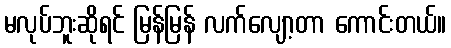
မလုပ်ဘူးဆိုရင် မြန်မြန် လက်လျော့တာ ကောင်းတယ်။